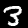
Digit: 3